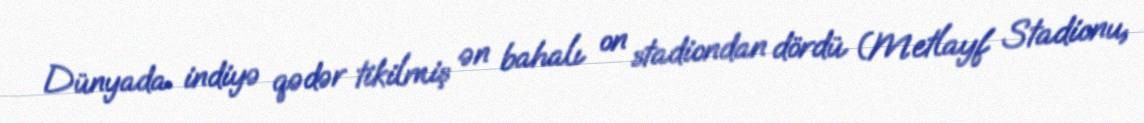
Dünyada indiyə qədər tikilmiş ən bahalı on stadiondan dördü (Metlayf Stadionu,